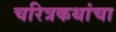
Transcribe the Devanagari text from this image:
चरित्रकथांचा